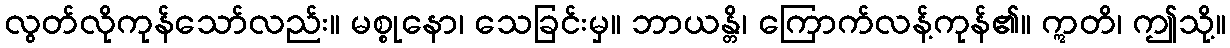
လွတ်လိုကုန်သော်လည်း။ မစ္စုနော၊ သေခြင်းမှ။ ဘာယန္တိ၊ ကြောက်လန့်ကုန်၏။ ဣတိ၊ ဤသို့။